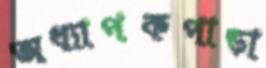
অধ্যাপকপাড়া